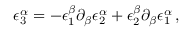
\epsilon _ { 3 } ^ { \alpha } = - \epsilon _ { 1 } ^ { \beta } \partial _ { \beta } \epsilon _ { 2 } ^ { \alpha } + \epsilon _ { 2 } ^ { \beta } \partial _ { \beta } \epsilon _ { 1 } ^ { \alpha } \, ,